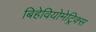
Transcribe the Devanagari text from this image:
बिहेवियोमेट्रिक्स